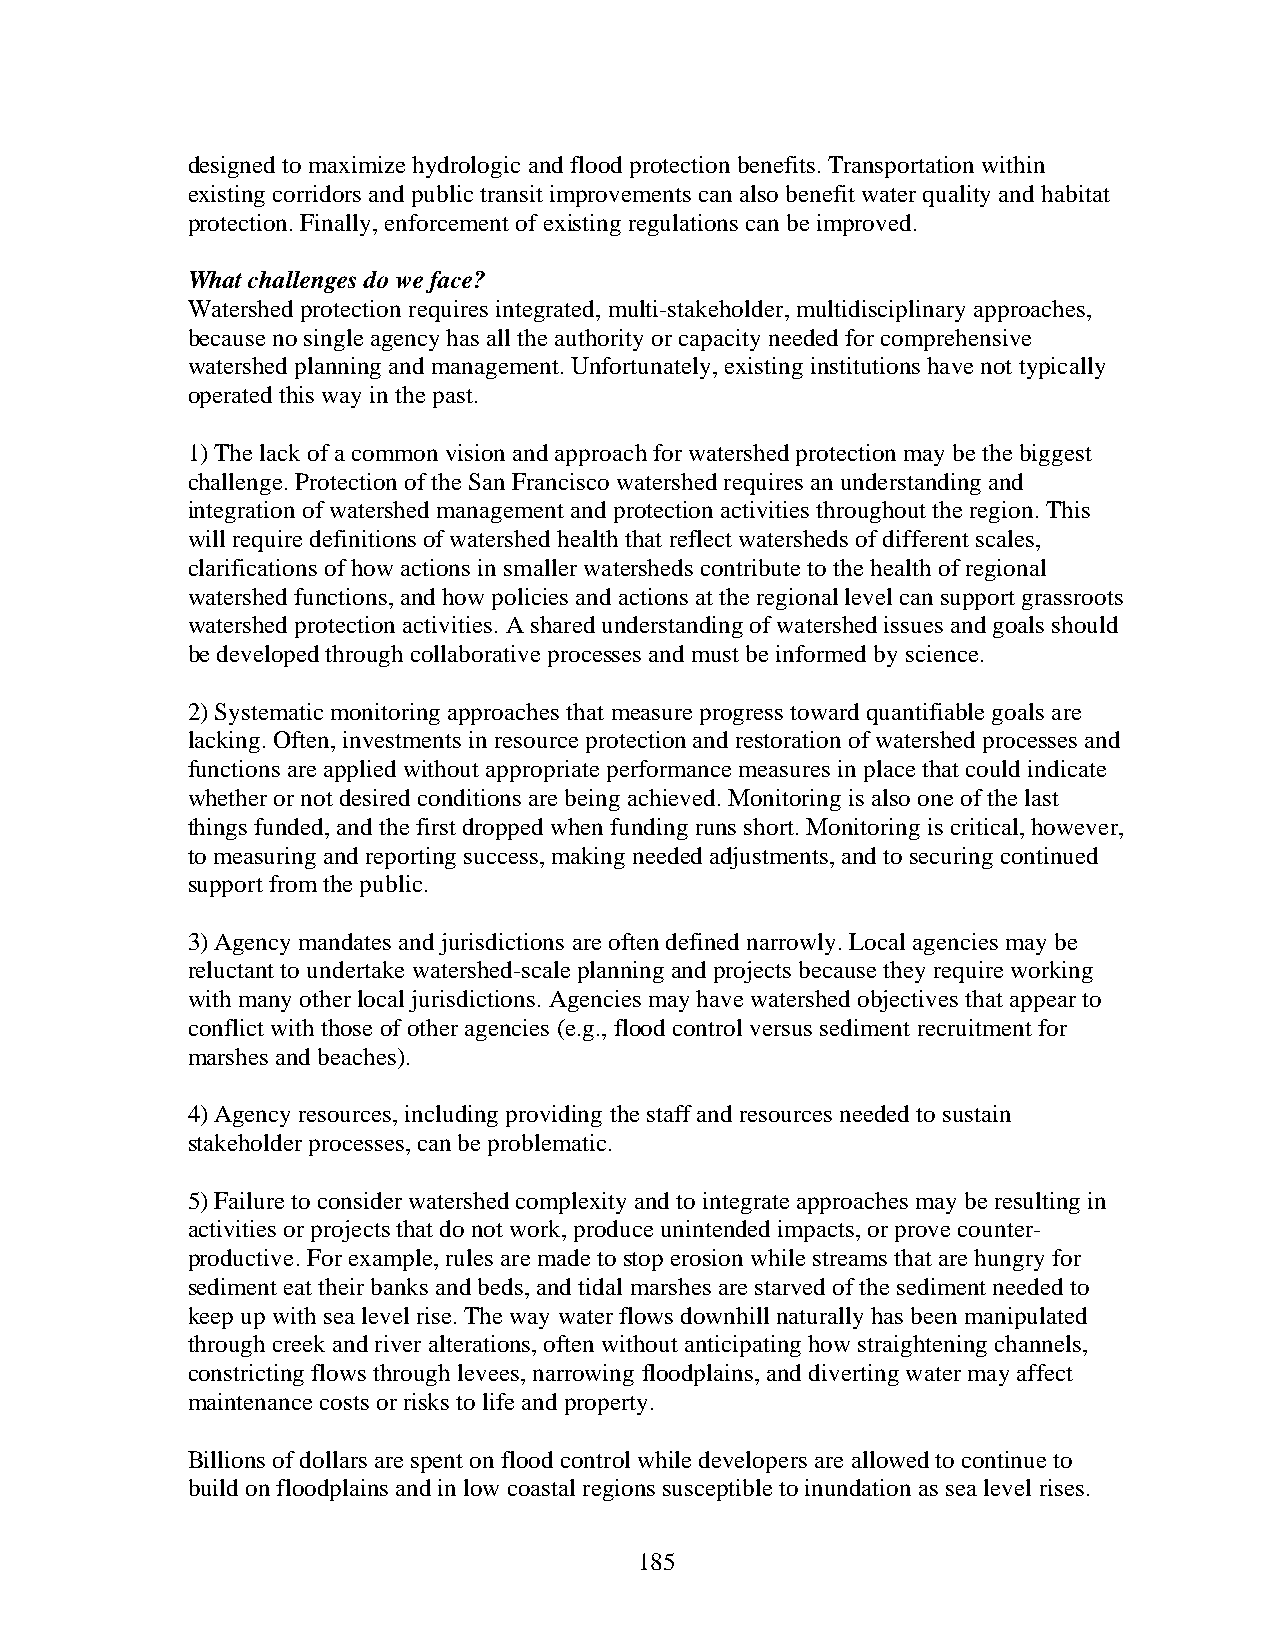
designed to maximize hydrologic and flood protection benefits. Transportation within
 existing corridors and public transit improvements can also benefit water quality and habitat
 protection. Finally, enforcement of existing regulations can be improved.
 What challenges do we face?
 Watershed protection requires integrated, multi-stakeholder, multidisciplinary approaches,
 because no single agency has all the authority or capacity needed for comprehensive
 watershed planning and management. Unfortunately, existing institutions have not typically
 operated this way in the past.
 1) The lack of a common vision and approach for watershed protection may be the biggest
 challenge. Protection of the San Francisco watershed requires an understanding and
 integration of watershed management and protection activities throughout the region. This
 will require definitions of watershed health that reflect watersheds of different scales,
 clarifications of how actions in smaller watersheds contribute to the health of regional
 watershed functions, and how policies and actions at the regional level can support grassroots
 watershed protection activities. A shared understanding of watershed issues and goals should
 be developed through collaborative processes and must be informed by science.
 2) Systematic monitoring approaches that measure progress toward quantifiable goals are
 lacking. Often, investments in resource protection and restoration of watershed processes and
 functions are applied without appropriate performance measures in place that could indicate
 whether or not desired conditions are being achieved. Monitoring is also one of the last
 things funded, and the first dropped when funding runs short. Monitoring is critical, however,
 to measuring and reporting success, making needed adjustments, and to securing continued
 support from the public.
 3) Agency mandates and jurisdictions are often defined narrowly. Local agencies may be
 reluctant to undertake watershed-scale planning and projects because they require working
 with many other local jurisdictions. Agencies may have watershed objectives that appear to
 conflict with those of other agencies (e.g., flood control versus sediment recruitment for
 marshes and beaches).
 4) Agency resources, including providing the staff and resources needed to sustain
 stakeholder processes, can be problematic.
 5) Failure to consider watershed complexity and to integrate approaches may be resulting in
 activities or projects that do not work, produce unintended impacts, or prove counter-
 productive. For example, rules are made to stop erosion while streams that are hungry for
 sediment eat their banks and beds, and tidal marshes are starved of the sediment needed to
 keep up with sea level rise. The way water flows downhill naturally has been manipulated
 through creek and river alterations, often without anticipating how straightening channels,
 constricting flows through levees, narrowing floodplains, and diverting water may affect
 maintenance costs or risks to life and property.
 Billions of dollars are spent on flood control while developers are allowed to continue to
 build on floodplains and in low coastal regions susceptible to inundation as sea level rises.
 185